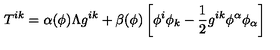
T ^ { i k } = \alpha ( \phi ) \Lambda g ^ { i k } + \beta ( \phi ) \left[ \phi ^ { i } \phi _ { k } - \frac { 1 } { 2 } g ^ { i k } \phi ^ { \alpha } \phi _ { \alpha } \right]